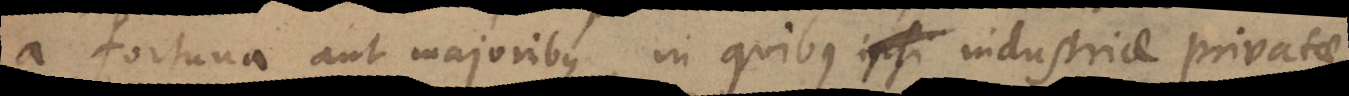
a fortuna aut majoribus, in quibus industriae privatae